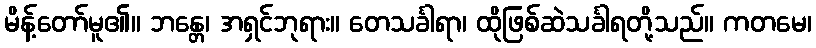
မိန့်တော်မူ၏။ ဘန္တေ၊ အရှင်ဘုရား။ တေသင်္ခါရာ၊ ထိုဖြစ်ဆဲသင်္ခါရတို့သည်။ ကတမေ၊